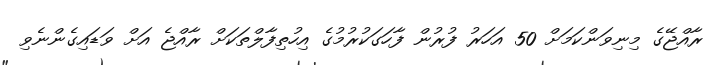
ރާއްޖޭގެ މިނިވަންކަމަށް 50 އަހަރު ފުރުން ފާހަގަކުރުމުގެ އިހުތިފާލްތަކަށް ރާއްޖެ އަށް ވަޑައިގެންނެވި